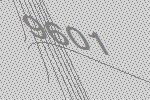
9601